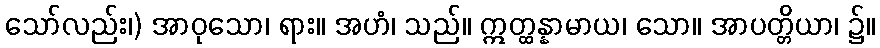
သော်လည်း၊) အာဝုသော၊ ရား။ အဟံ၊ သည်။ ဣတ္ထန္နာမာယ၊ သော။ အာပတ္တိယာ၊ ၌။